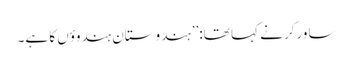
ساورکر نے کہا تھا:’’ہندوستان ہندوؤں کا ہے۔